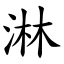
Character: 淋